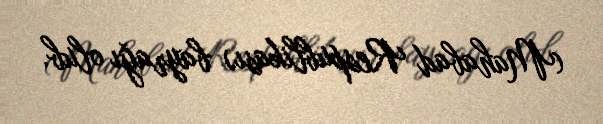
(Mahabad Respublikası) bayrağı olub.